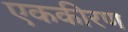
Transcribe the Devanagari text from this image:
एककीरण